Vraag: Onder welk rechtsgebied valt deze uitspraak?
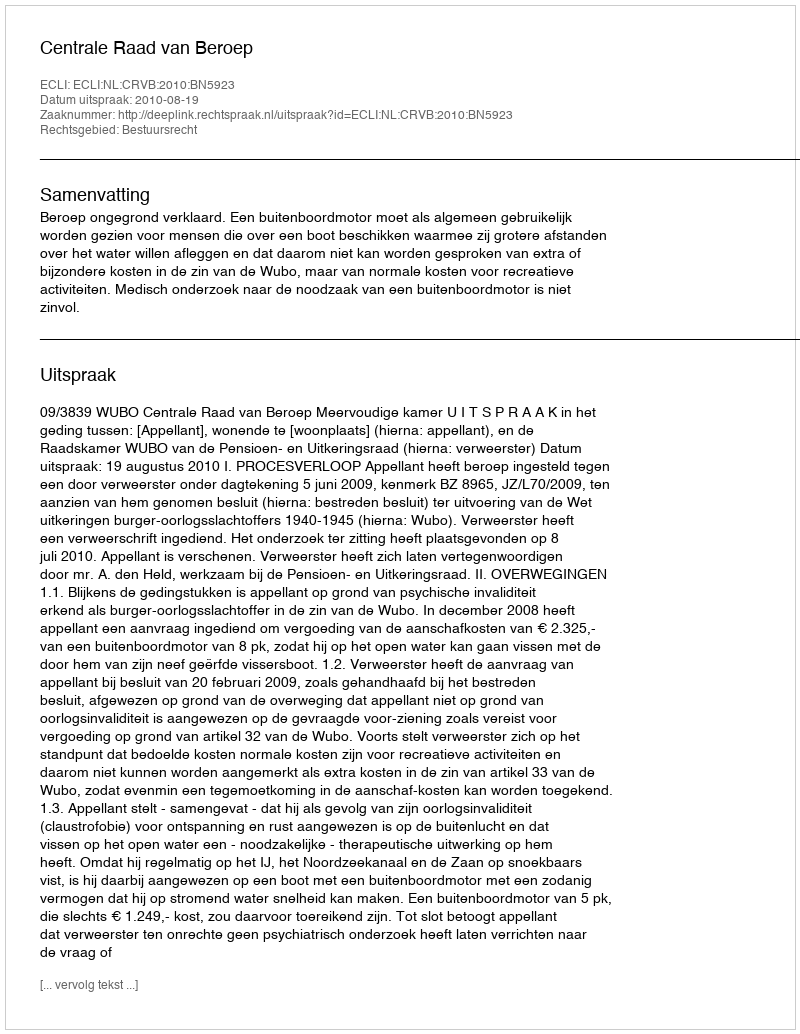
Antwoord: Bestuursrecht